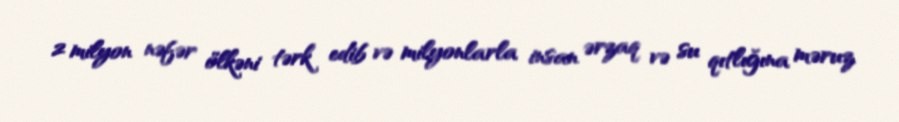
2 milyon nəfər ölkəni tərk edib və milyonlarla insan ərzaq və su qıtlığına məruz